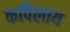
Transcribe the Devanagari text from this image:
कपिलाय